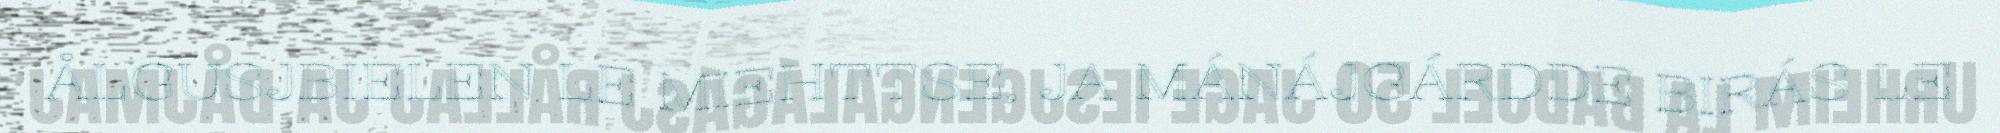
ÅLGUSJBIELEN LE MIEHTTSE, JA MÁNÁJGÁRDDE BIRÁS LE